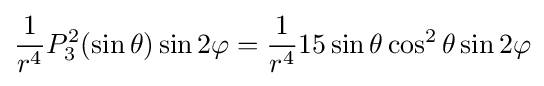
{\frac {1}{r^{4}}}P_{3}^{2}(\sin \theta )\sin 2\varphi ={\frac {1}{r^{4}}}15\sin \theta \cos ^{2}\theta \sin 2\varphi